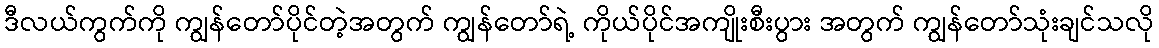
ဒီလယ်ကွက်ကို ကျွန်တော်ပိုင်တဲ့အတွက် ကျွန်တော်ရဲ့ ကိုယ်ပိုင်အကျိုးစီးပွား အတွက် ကျွန်တော်သုံးချင်သလို